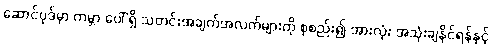
ဆောင်ပုဒ်မှာ ကမ္ဘာ ပေါ် ရှိ သတင်းအချက်အလက်များကို စုစည်း၍ အားလုံး အသုံးချနိုင်ရန်နှင့်